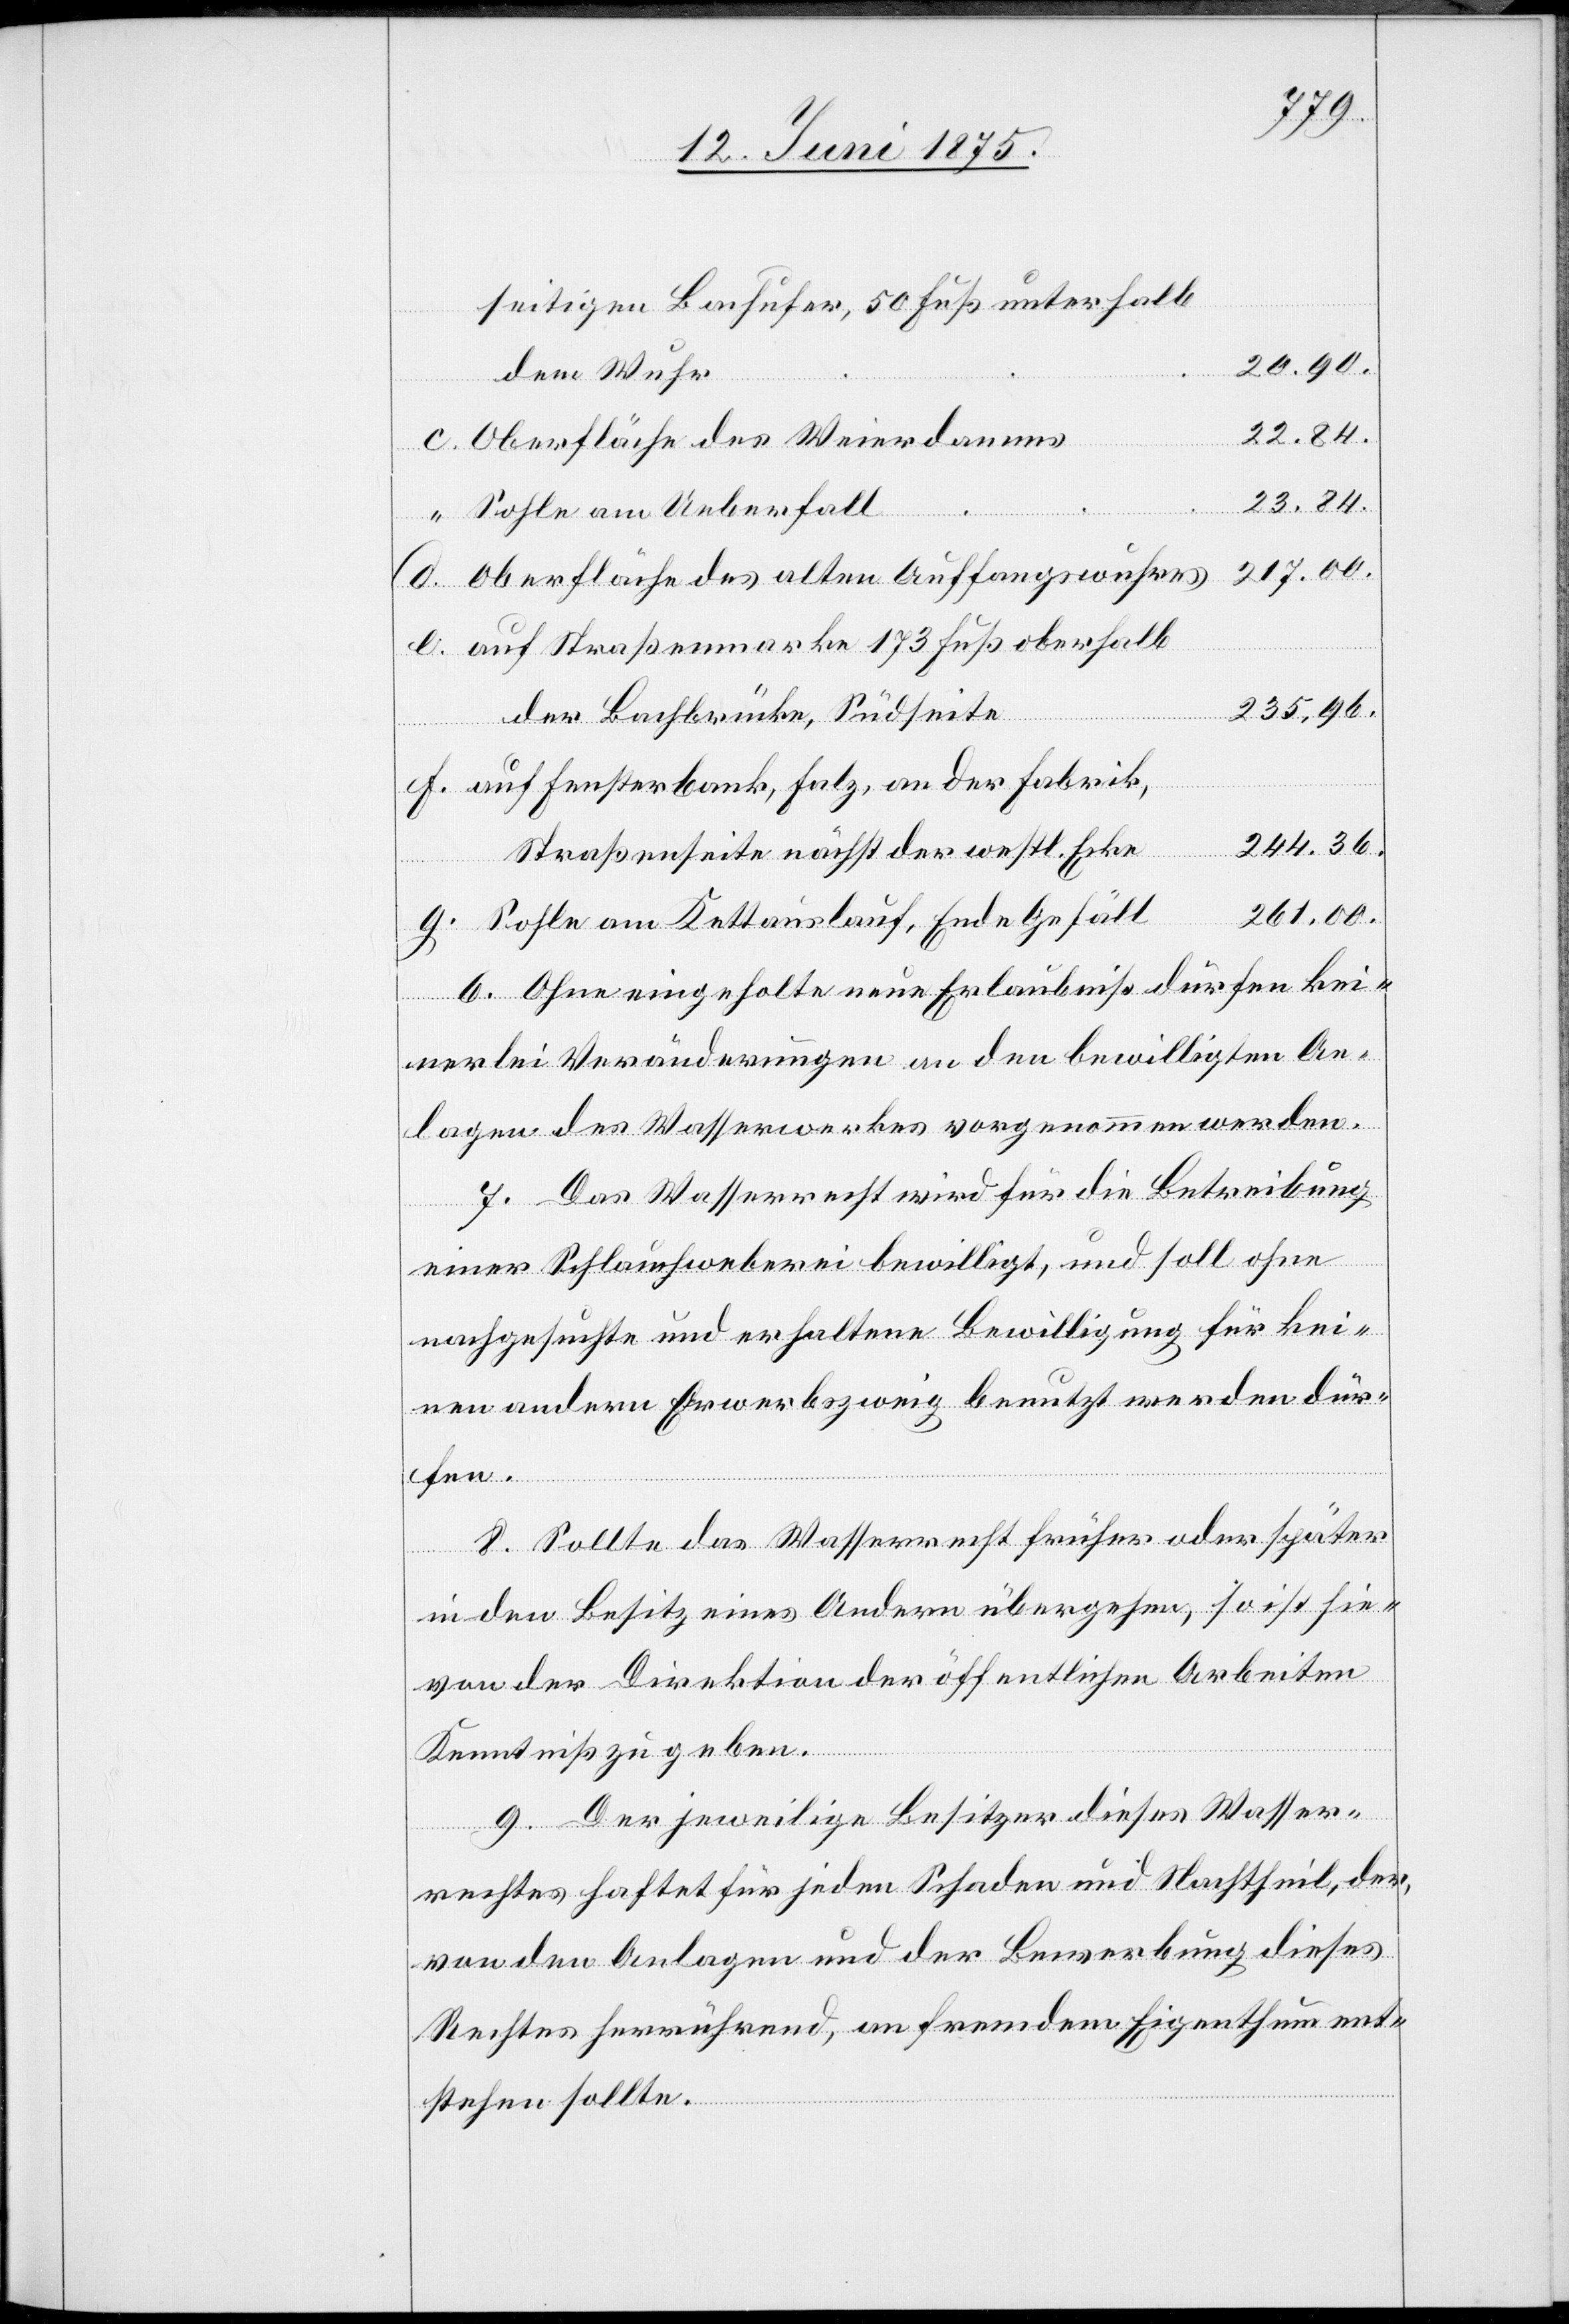
seitigen Bachufer, 50 Fuß unterhalb
20.90.
dem Wuhr
Oberfläche des Weierdammes
23.84.
“
Sohle am Unterfall
217.00
Oberfläche des alten Auffangswuhres
auf Straßenmarke 173 Fuß oberhalb
g.
235.96.
der Bachbrücke, Südseite
auf Fensterbank, Falz, an der Fabrik,
Straßenseite nächst der westl. Ecke
261.00.
Sohle am Kettauslauf, Ende Gefäll
6. Ohne eingeholte neue Erlaubniß dürfen kei¬
nerlei Veränderungen an den bewilligten An¬
lagen des Wasserwerkes vorgenommen werden.
7. Das Wasserrecht wird für die Betreibung
einer Schlauchweberei bewilligt, und soll ohne
nachgesuchte und erhaltene Bewilligung für kei¬
nen andern Erwerbszweig benutzt werden dür¬
fen.
8. Sollte das Wasserrecht früher oder später
in den Besitz eines Andern übergehen, so ist hie¬
von der Direktion der öffentlichen Arbeiten
Kenntniß zu geben.
9. Der jeweilige Besitzer dieses Wasser¬
echtes haftet für jeden Schaden und Nachtheil, der,
von den Anlagen und der Bewerbung dieses
Rechtes herrührend, an fremdem Eigenthum ent¬
stehen sollte.